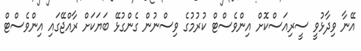
އޭނާ ވިދާޅުވީ ސީރިއަސްކޮށް އިންވެސްޓް ކުރުުމުގެ ވިސްނުން ގެންގުޅޭ ބަޔަކަށް ރާއްޖޭގައި އިންވެސްޓް